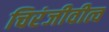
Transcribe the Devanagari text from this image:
चिरंजीवीत्व